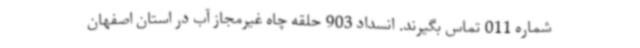
شماره 011 تماس بگیرند. انسداد 903 حلقه چاه غیرمجاز آب در استان اصفهان